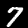
Digit: 7